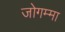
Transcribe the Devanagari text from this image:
जोगम्मा